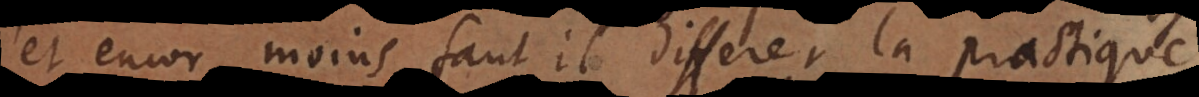
et encor moins faut il differer la practique